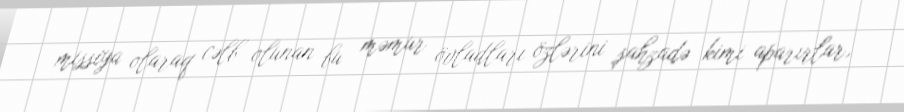
missiya olaraq cəlb olunan bu məmur övladları özlərini şahzadə kimi aparırlar,